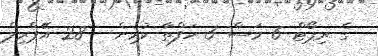
ގެ ރިޕޯޓް 6 މަސް 3 ހަފްތާ ކުރިން - 28 އޭޕްރިލް